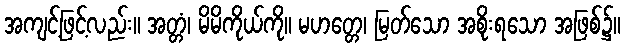
အကျင့်ဖြင့်လည်း။ အတ္တံ၊ မိမိကိုယ်ကို။ မဟတ္တေ၊ မြတ်သော အစိုးရသော အဖြစ်၌။